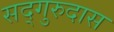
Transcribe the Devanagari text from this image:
सद्‌गुरुदास